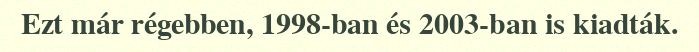
Ezt már régebben, 1998-ban és 2003-ban is kiadták.